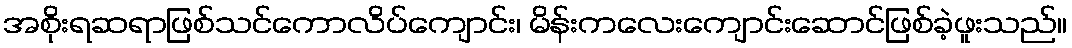
အစိုးရဆရာဖြစ်သင်ကောလိပ်ကျောင်း၊ မိန်းကလေးကျောင်းဆောင်ဖြစ်ခဲ့ဖူးသည်။